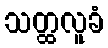
သတ္ထလူခံ